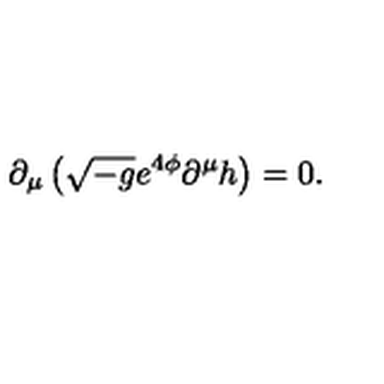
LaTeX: \partial _ { \mu } \left( \sqrt { - g } e ^ { 4 \phi } \partial ^ { \mu } h \right) = 0 .